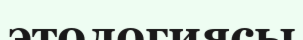
этологиясы